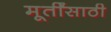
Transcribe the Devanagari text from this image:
मूर्तींसाठी